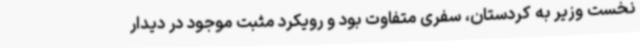
نخست وزیر به کردستان، سفری متفاوت بود و رویکرد مثبت موجود در دیدار